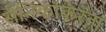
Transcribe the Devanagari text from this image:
सैनिकांकरता